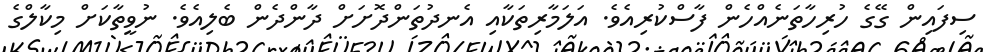
ސިފައިން ގޭގެ ހުރިހާތަނެއްހެން ފާސްކުރިއެވެ. އަލަމާރިތަކާއި އެނދުތަންދޮށަށް ދާންދެން ބެލިއެވެ. ނުވީތާކަށް މިކާލްގެ